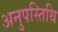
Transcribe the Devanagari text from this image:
अनुपस्तिथि